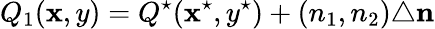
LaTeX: Q_{1}(\mathbf{x},y)=Q^{\star}(\mathbf{x}^{\star},y^{\star})+(n_{1},n_{2})\triangle\mathbf{{n}}